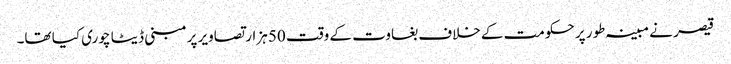
قیصر نے مبینہ طور پر حکومت کے خلاف بغاوت کے وقت 50 ہزار تصاویر پرمبنی ڈیٹا چوری کیا تھا۔